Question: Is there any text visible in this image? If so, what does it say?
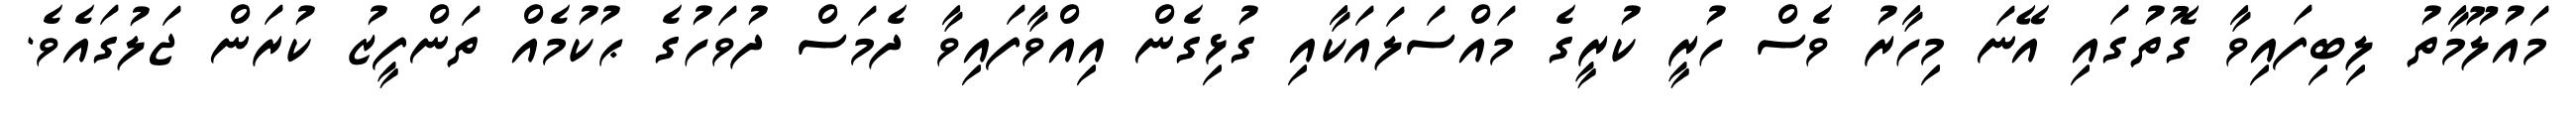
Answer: މައުލޫމާތު ލިބިފައިވާ ގޮތުގައި އޭނަ މިހާރު ވެސް ހުރީ ކުރީގެ މައްސަލައަކާއި ގުޅިގެން އިއްވާފައިވާ ދެމަސް ދުވަހުގެ ޙުކުމެއް ތަންފީޒު ކުރަން ޖަލުގައެވެ.